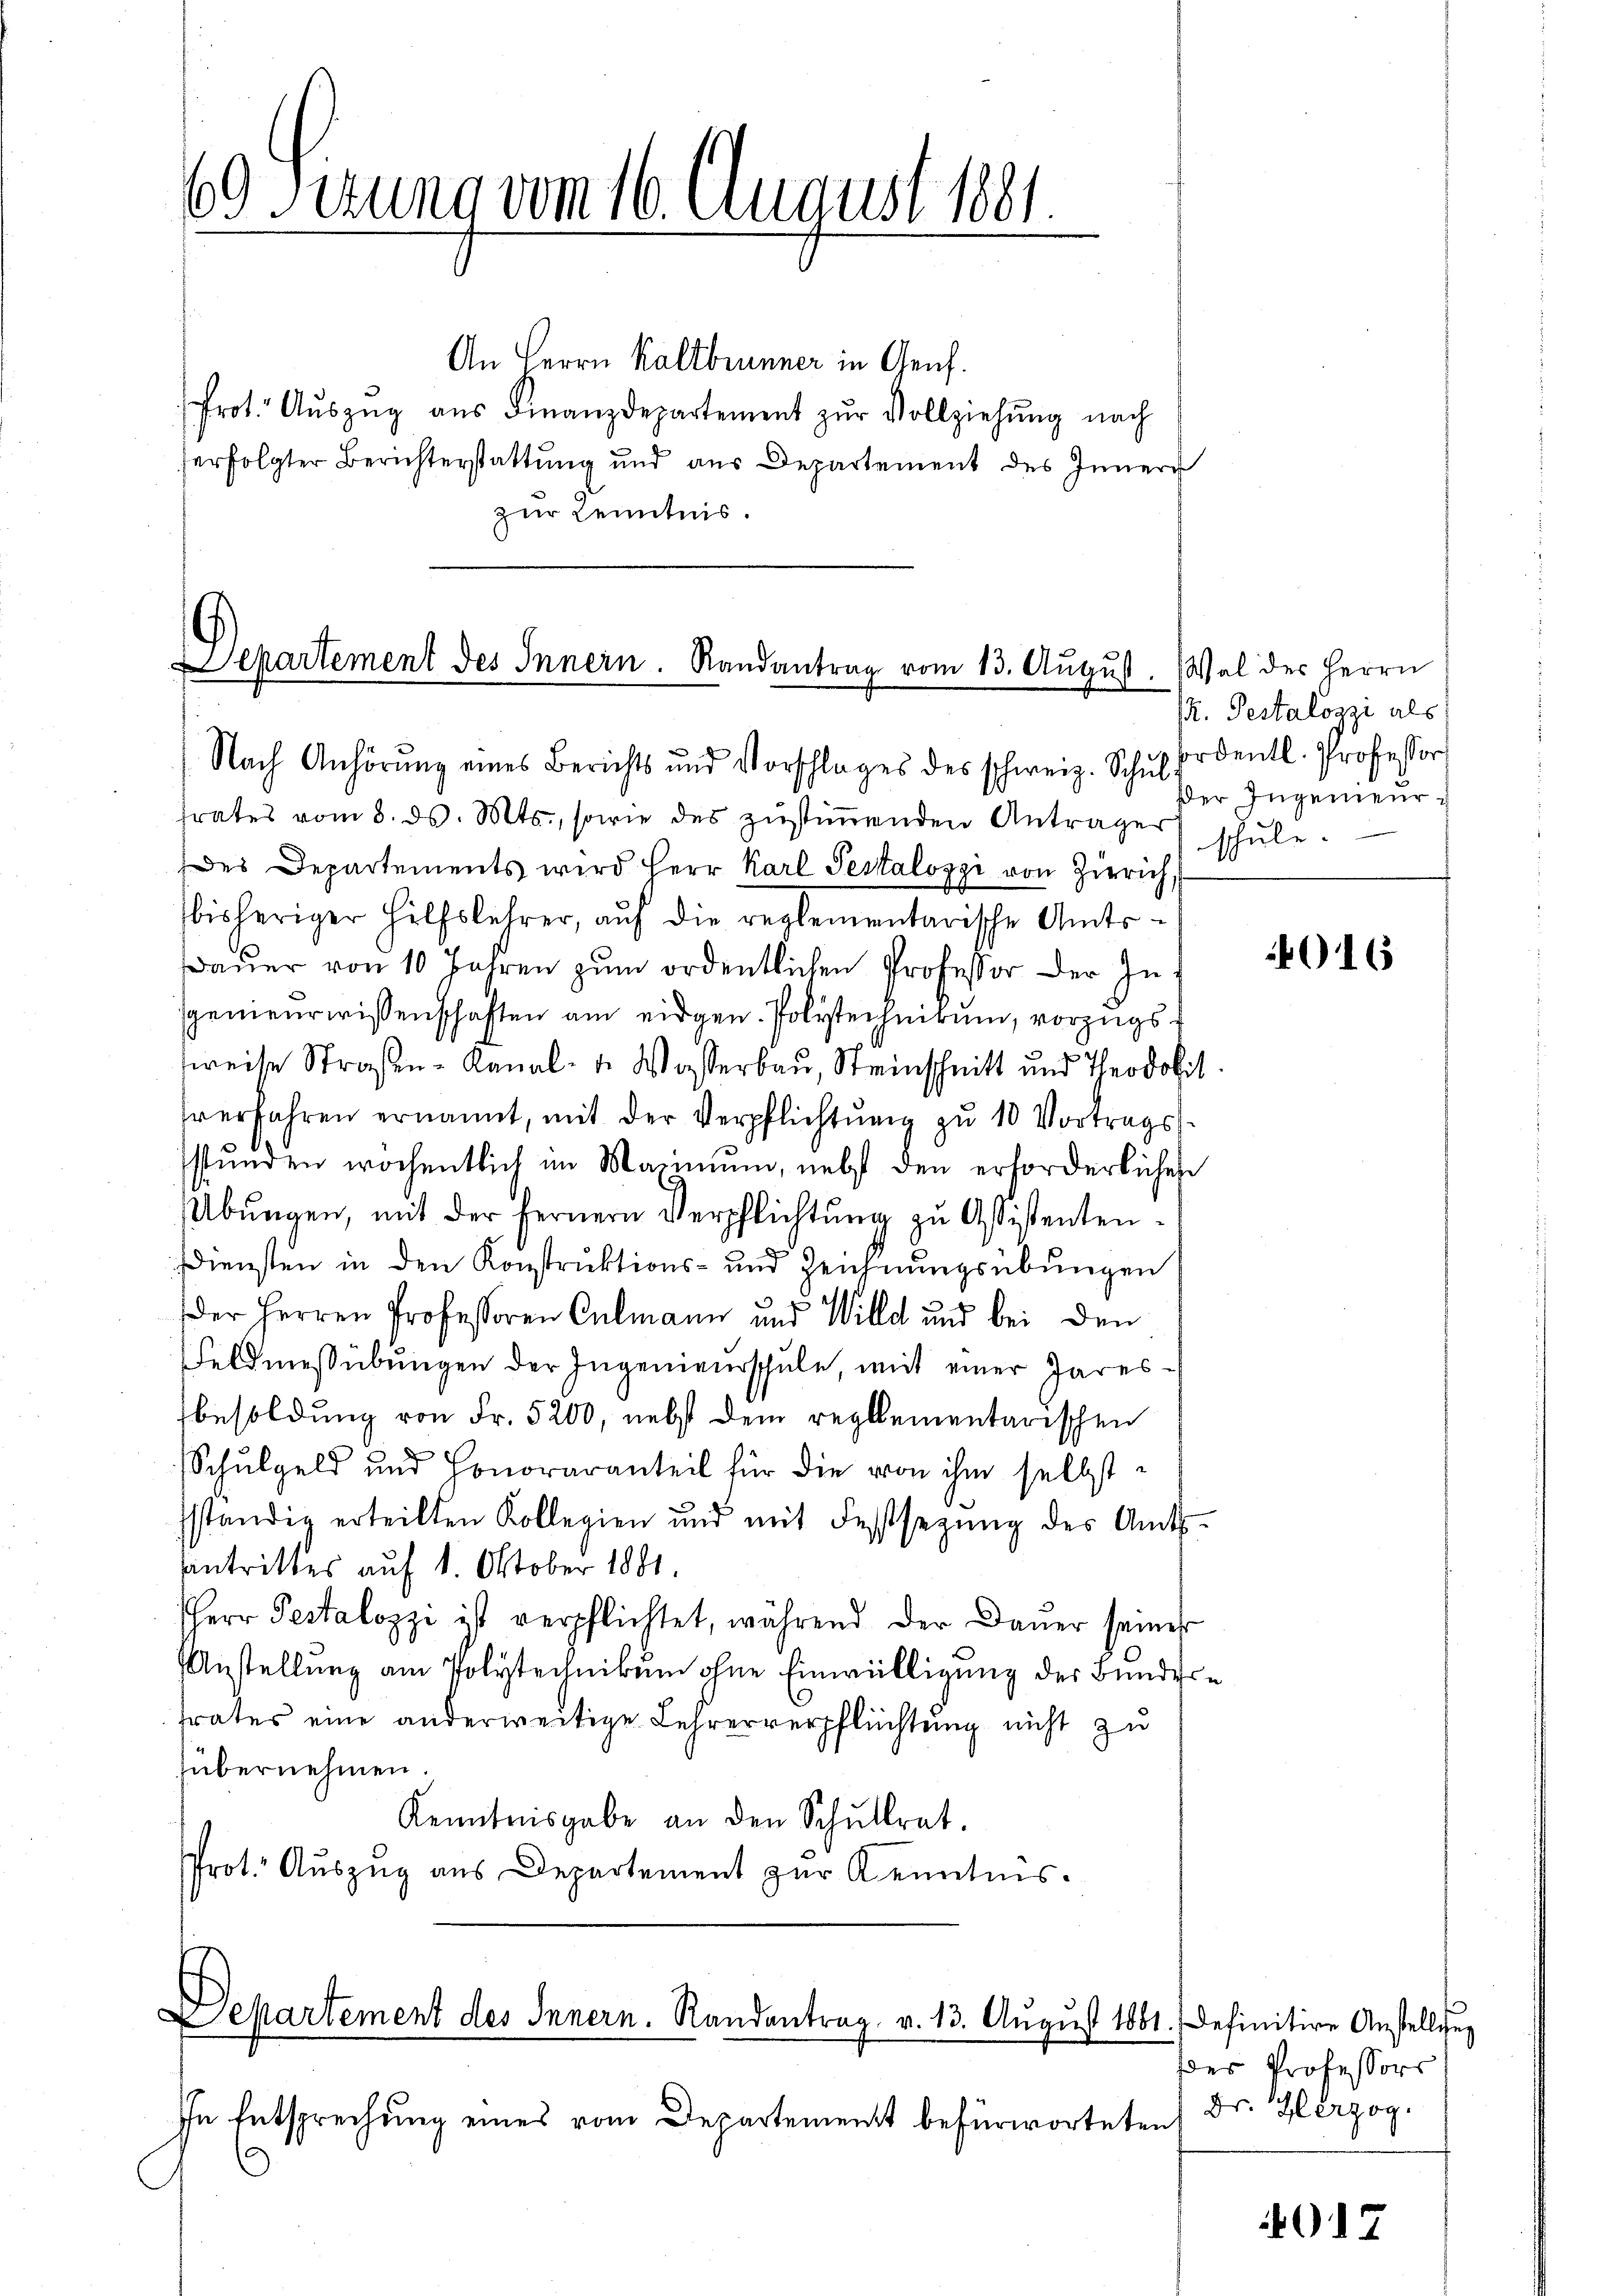
60 Serung vom 16. August 1881.

An Herrn Kaltbrunner in Genf.
Prot. Aŭszŭg aŭs Finanzdepartement zŭr Vollziehŭng nach
erfolgter Berichterstattung und aus Departement des Innern
zur Kenntnis.

Departement des Innern. Randantrag vom 13. Aŭgŭst. Wal des Herrn
Nach Anhörung eines Berichts und Vorschlages des schweiz. Schul ordentl. Professor

frates vom 8. ds. Mts., sowie des zŭstiṁenden Anträger schŭle.
des Departements wird Herr Karl Pestalozzi von Zürich,
bisheriger Hülfslehrer, auf die reglementarische Amts¬
Baŭer von 10 Jahren zum ordentlichen Professor der Ingenieurwissenschaften am eidgen. Polstechnikum, vorzugssweise Straßen-Kanal- u. Wasserbau, Steinschnitt und Theodobit
sverfahren ernannt, mit der Verpflichtŭng zŭ 10 Vortrags-
stŭnden wochentlich im Mannŭm, nebst den erforderliches
Übungen, mit der Fernern Verpflichtung zu Assistenten¬
Diensten in den Konstruktions- und Zeichnungsübungen
3
Der Herren Professoren Culmann und Wille und bei den
Feldmessübungen der Ingenieurschule, mit einer Garesbesoldung von Fr. 5200, nebst dem reglementarischen
Schulgeld und Honoraranteil für die von ihm selbst
sständig erteilten Kollegien und mit Festsetzŭng des Amts-
antrittes auf 1. Oktober 1881.
Herr Pestalozzi ist verpflichtet, während der Dauer seiner
(Anstellung am Polytechnikum ohne Einwilligung der Bundere
trates eine anderweitige Lehrerverpflüchtung nicht zu
übernehmen.
Kenntnisgabe an den Schŭllrat.
Prot. Auszug aus Departement zur Kenntnis.

In Entsprechung eines vom Departement befürworteten
0

Departement des Innern. Randantrag v. 13. August 1881.

R. Testalozzi als
Der Ingenieur

4016

definitive Anstellung
dder Professors
Dr. Herzog.

017